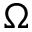
\Omega